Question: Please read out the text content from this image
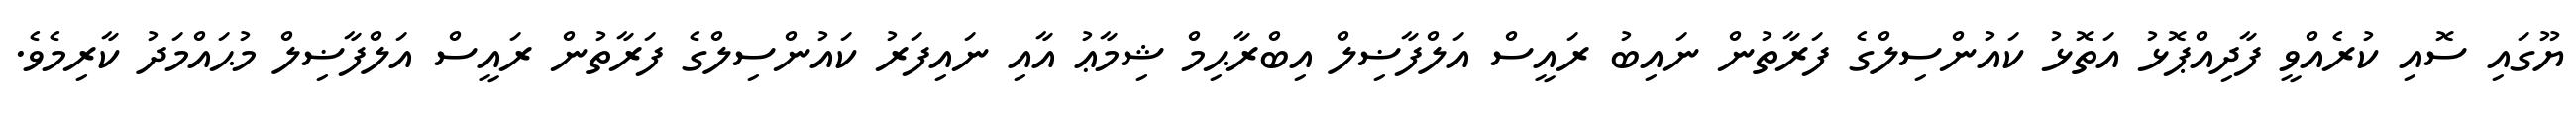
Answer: ޔޫގައި ސޮއި ކުރެއްވީ ފާދިއްޕޮޅު އަތޮޅު ކައުންސިލްގެ ފަރާތުން ނައިބު ރައީސް އަލްފާޟިލް އިބްރާޙިމް ޝިމާޢު އާއި ނައިފަރު ކައުންސިލްގެ ފަރާތުން ރައީސް އަލްފާޟިލް މުޙައްމަދު ކާރިމެވެ.